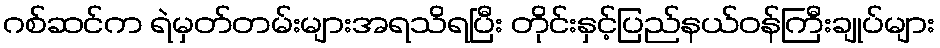
ဂစ်ဆင်က ရဲမှတ်တမ်းများအရသိရပြီး တိုင်းနှင့်ပြည်နယ်ဝန်ကြီးချုပ်များ